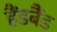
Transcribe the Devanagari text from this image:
हैंडबैंड